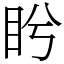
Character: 盻